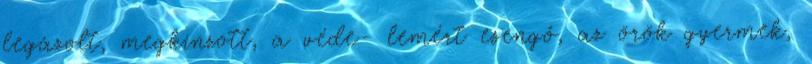
legázolt, megkínzott, a véde- lemért esengő, az örök gyermek,